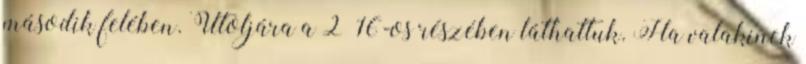
második felében. Utoljára a 2×16-os részében láthattuk. Ha valakinek